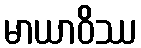
မာယာဝိဿ